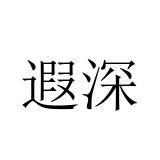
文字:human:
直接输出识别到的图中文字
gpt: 遐深